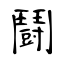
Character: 鬪